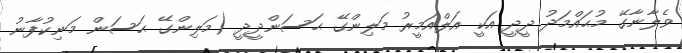
ވެލާނާގޭ މުޙައްމަދު ދީދީ އަކީ އަލްއަމީރު މަލިންގޭ ޙަަސަންދީދީ (މަލިންގޭ ޙަސަން މަނިކުފާނު